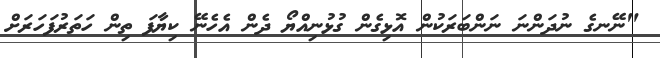
"ނޭނގެ ނުދަންނަ ނަންބަރަކުން އޮޅިގެން ގުޅުނިއްޔޯ ދެން އެހެނޭ ކިޔާފަ ތިން ހަތަރުފަހަރަށް